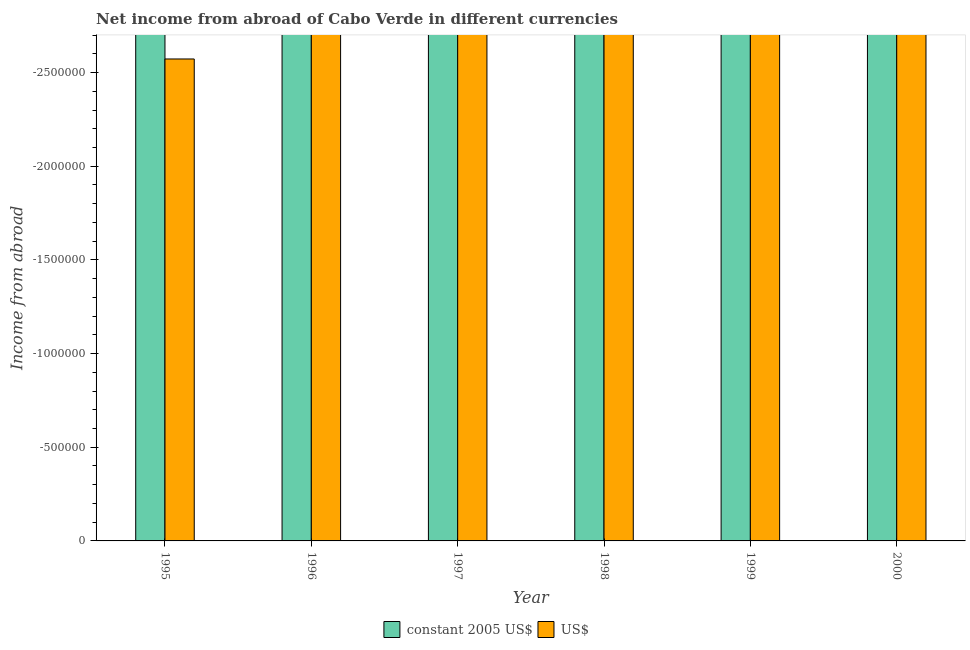
| Year | constant 2005 US$ | US$ |
 | --- | --- | --- |
 | 1995 | -1.98e+08 | -2.57e+06 |
 | 1996 | -3.63e+08 | -4.4e+06 |
 | 1997 | -3.34e+08 | -3.59e+06 |
 | 1998 | -5.43e+08 | -5.53e+06 |
 | 1999 | -9.18e+08 | -8.87e+06 |
 | 2000 | -1.68e+09 | -1.41e+07 |